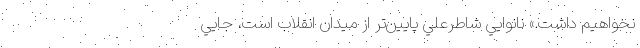
نخواهيم داشت.» نانوايي شاطرعلي پايين‌تر از ميدان انقلاب است، جايي